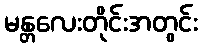
မန္တလေးတိုင်းအတွင်း